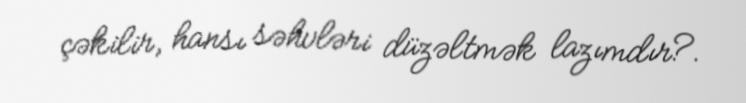
çəkilir, hansı səhvləri düzəltmək lazımdır?.